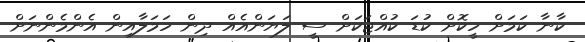
ކާނާ ކަމަށް ހީކޮށް ކުޑަ ކުއްޖަކަށް ސީ ލަޔަންއެއް ދިން ހަމަލާއިން އެންމެންނަށް